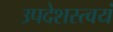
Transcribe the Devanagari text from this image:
उपदेशस्त्वयं